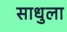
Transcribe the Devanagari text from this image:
साधुला